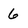
Character: 6